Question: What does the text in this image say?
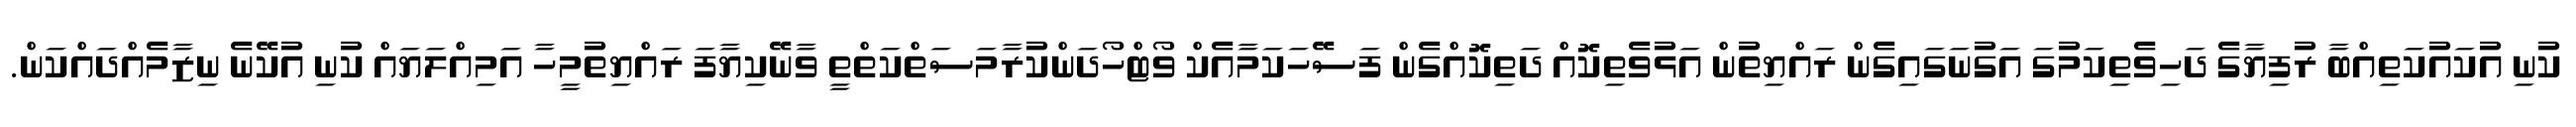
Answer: ކުނި އުކައުކަތިއްބާ ރުފިޔާގެ ދަހިވެތިކަމުގަ އަގުނަގައިގެން ރައްޔިތުން އަޅުވެތިކޮއް ދަތިކޮއްގެން ފަސޭހަކަމާއެކް ވޯޓްހޯދަންކުރާމަސަތްކަތްތީ ވާނޭކިޔާފަ ރައްޔިތުމީހާ އަމިއްލަޔައް ކުނި އުކޭނެ ނިޒާމެއްދައްކަން.